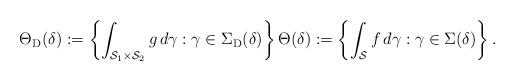
LaTeX: \begin{align*} \Theta_{\mathrm{D}}(\delta) & := \left\{ \int_{\mathcal{S}_1 \times \mathcal{S}_2} g\, d \gamma : \gamma \in \Sigma_{\mathrm{D}}(\delta) \right\} \Theta(\delta) := \left\{ \int_{\mathcal{S}} f \, d \gamma : \gamma \in \Sigma(\delta) \right\}.\end{align*}